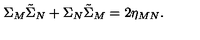
\Sigma _ { M } \tilde { \Sigma } _ { N } + \Sigma _ { N } \tilde { \Sigma } _ { M } = 2 \eta _ { M N } .